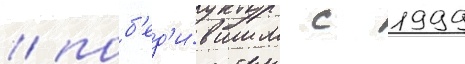
/ поб'ед'и́вшим с 1999